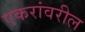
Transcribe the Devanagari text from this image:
एकरांवरील